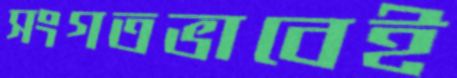
সংগতভাবেই